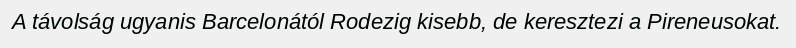
A távolság ugyanis Barcelonától Rodezig kisebb, de keresztezi a Pireneusokat.